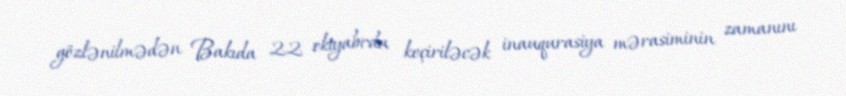
gözlənilmədən Bakıda 22 oktyabrda keçiriləcək inauqurasiya mərasiminin zamanını